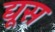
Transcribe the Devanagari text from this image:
द्यूस